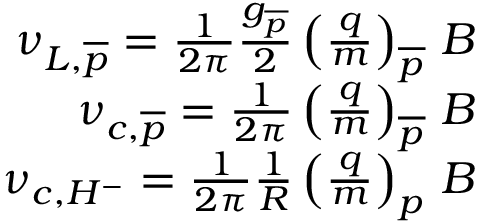
\begin{array} { r } { \nu _ { L , \overline { { p } } } = \frac { 1 } { 2 \pi } \frac { g _ { \overline { { p } } } } { 2 } \left( \frac { q } { m } \right) _ { \overline { { p } } } \, B } \\ { \nu _ { c , \overline { { p } } } = \frac { 1 } { 2 \pi } \left( \frac { q } { m } \right) _ { \overline { { p } } } \, B } \\ { \nu _ { c , H ^ { - } } = \frac { 1 } { 2 \pi } \frac { 1 } { R } \left( \frac { q } { m } \right) _ { p } \, B } \end{array}